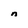
Character: n